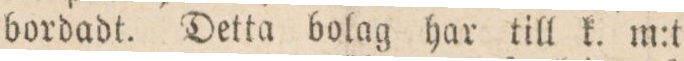
bordadt. Detta bolag har till k. m:t